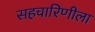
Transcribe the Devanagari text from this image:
सहचारिणीला